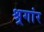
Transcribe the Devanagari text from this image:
श्र्रगांर